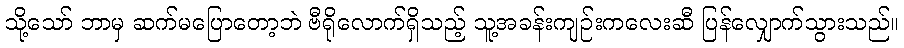
သို့သော် ဘာမှ ဆက်မပြောတော့ဘဲ ဗီရိုလောက်ရှိသည့် သူ့အခန်းကျဉ်းကလေးဆီ ပြန်လျှောက်သွားသည်။